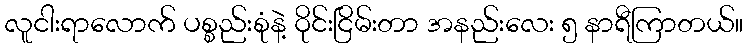
လူငါးရာလောက် ပစ္စည်းစုံနဲ့ ဝိုင်းငြိမ်းတာ အနည်းလေး ၅ နာရီကြာတယ်။